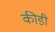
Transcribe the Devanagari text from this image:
कीडी